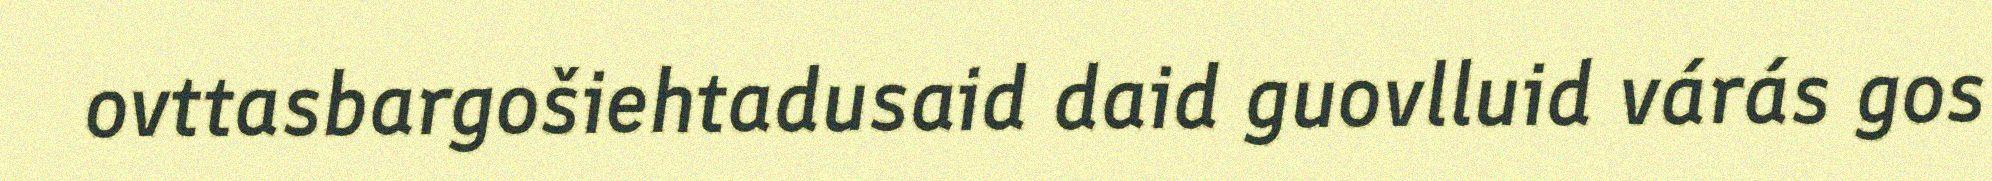
ovttasbargošiehtadusaid daid guovlluid várás gos